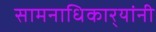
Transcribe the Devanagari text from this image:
सामनाधिकार्‍यांनी